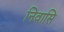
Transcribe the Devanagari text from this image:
निवासि